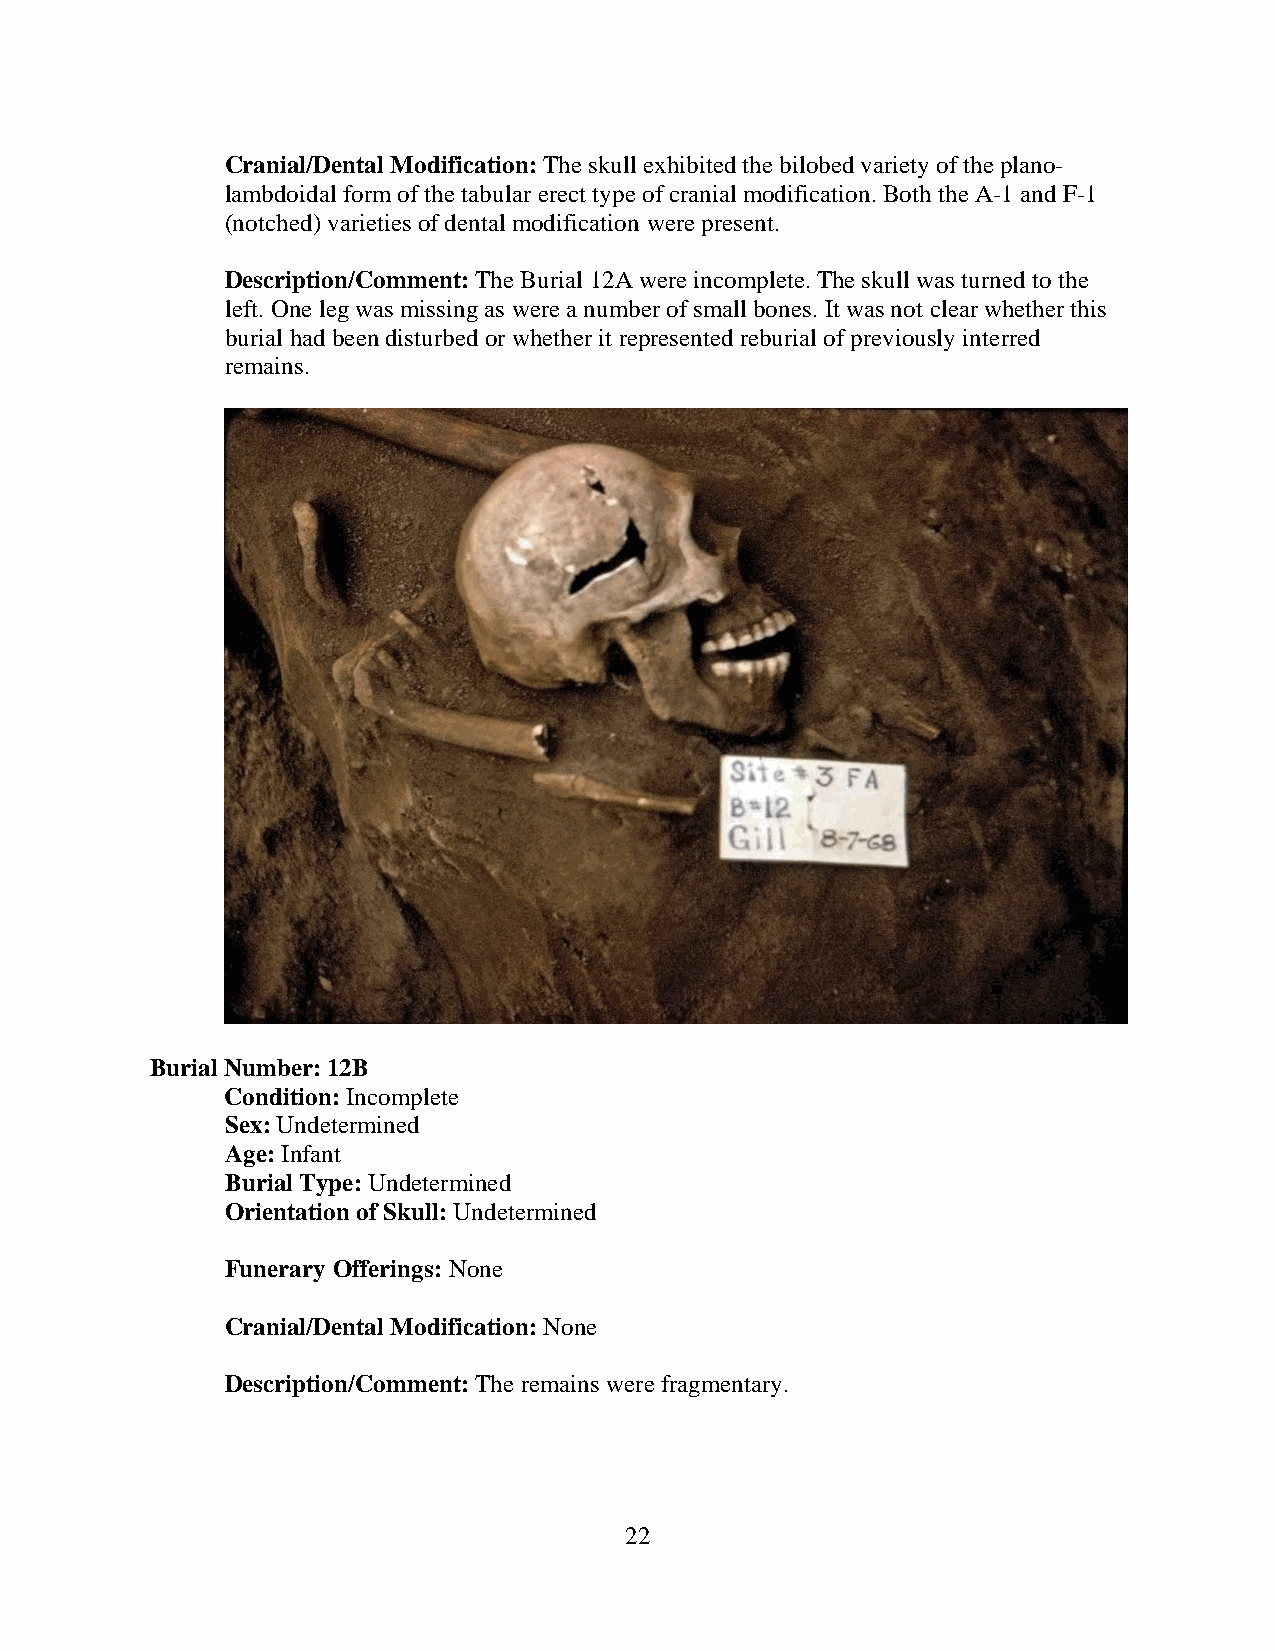
Cranial/Dental Modification: The skull exhibited the bilobed variety of the plano-
 lambdoidal form of the tabular erect type of cranial modification. Both the A-1 and F-1
 (notched) varieties of dental modification were present.
 Description/Comment: The Burial 12A were incomplete. The skull was turned to the
 left. One leg was missing as were a number of small bones. It was not clear whether this
 burial had been disturbed or whether it represented reburial of previously interred
 remains.
 Burial Number: 12B
 Condition: Incomplete
 Sex: Undetermined
 Age: Infant
 Burial Type: Undetermined
 Orientation of Skull: Undetermined
 Funerary Offerings: None
 Cranial/Dental Modification: None
 Description/Comment: The remains were fragmentary.
 22